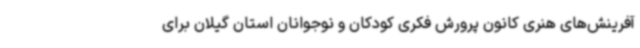
آفرینش‌های هنری کانون پرورش فکری کودکان و نوجوانان استان گیلان برای